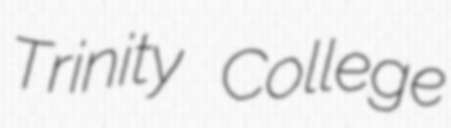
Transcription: Trinity College